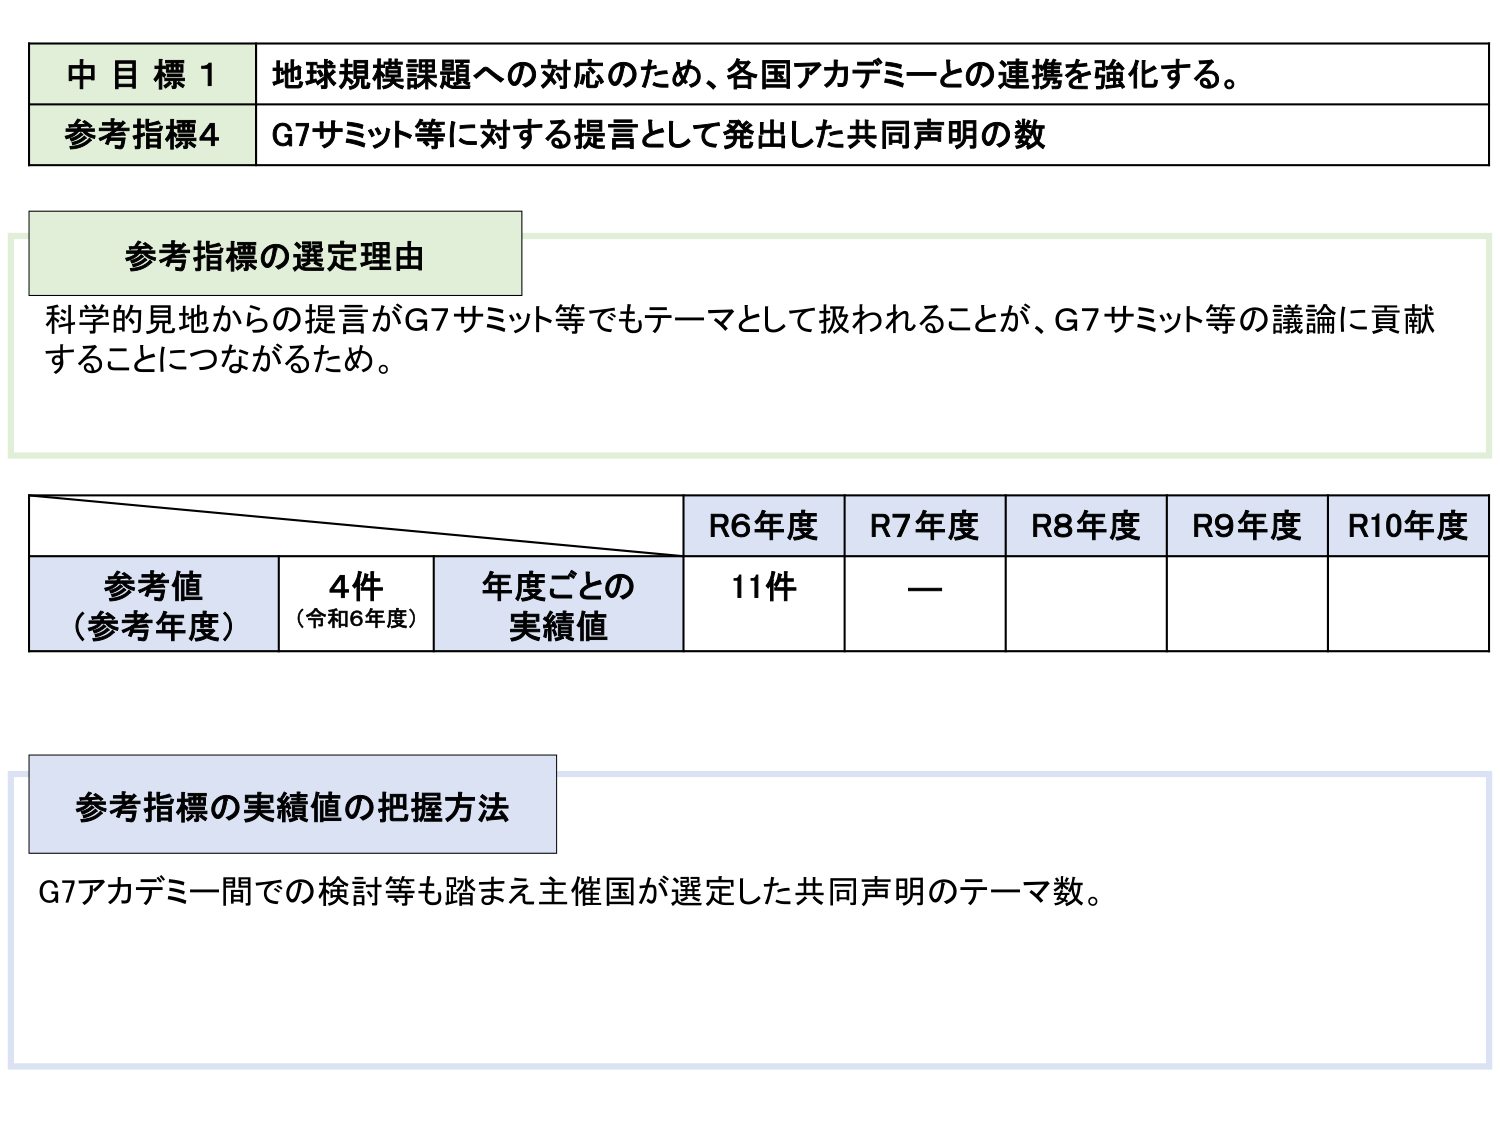
中目標1 地球規模課題への対応のため、各国アカデミーとの連携を強化する。
参考指標4 G7サミット等に対する提言として発出した共同声明の数

参考指標の選定理由
科学的見地からの提言がG7サミット等でもテーマとして扱われることが、G7サミット等の議論に貢献することにつながるため。

R6年度 R7年度 R8年度 R9年度 R10年度
参考値（参考年度） 4件（令和6年度） 年度ごとの実績値 11件 —

参考指標の実績値の把握方法
G7アカデミー間での検討等も踏まえ主催国が選定した共同声明のテーマ数。